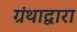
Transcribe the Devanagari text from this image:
ग्रंथाद्वारा